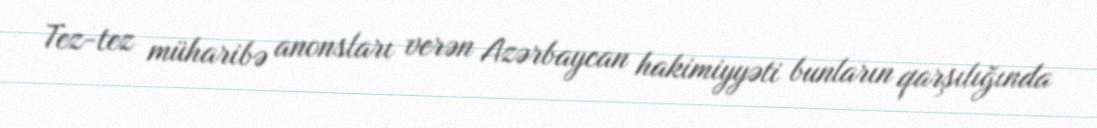
Tez-tez müharibə anonsları verən Azərbaycan hakimiyyəti bunların qarşılığında